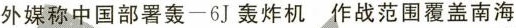
外媒称中国部署轰-6J轰炸机 作战范围覆盖南海